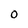
Character: O